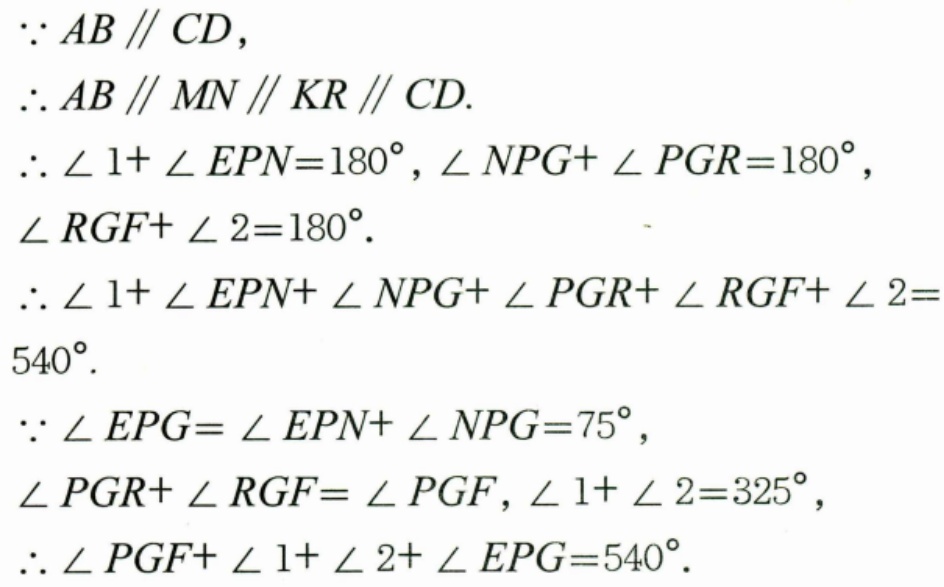
$\because AB\parallel CD,$
$\therefore AB\parallel MN\parallel KR\parallel CD.$
$\therefore \angle 1 + \angle EPN = 180^{\circ}, \angle NPG+\angle PGR = 180^{\circ},$
$\angle RGF+\angle 2 = 180^{\circ}.$
$\therefore \angle 1+\angle EPN+\angle NPG+\angle PGR+\angle RGF+\angle 2 = 540^{\circ}.$
$\because \angle EPG=\angle EPN+\angle NPG = 75^{\circ},$
$\angle PGR+\angle RGF=\angle PGF, \angle 1+\angle 2 = 325^{\circ},$
$\therefore \angle PGF+\angle 1+\angle 2+\angle EPG = 540^{\circ}.$